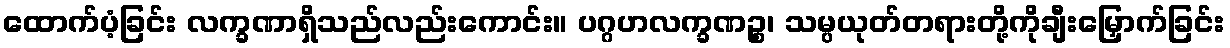
ထောက်ပံ့ခြင်း လက္ခဏာရှိသည်လည်းကောင်း။ ပဂ္ဂဟလက္ခဏဉ္စ၊ သမ္ပယုတ်တရားတို့ကိုချီးမြှောက်ခြင်း